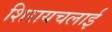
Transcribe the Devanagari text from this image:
शिरायचलाई